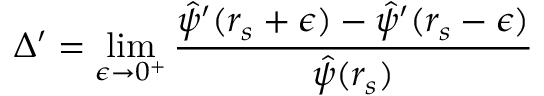
\Delta ^ { \prime } = \operatorname* { l i m } _ { \epsilon \rightarrow 0 ^ { + } } \frac { \hat { \psi } ^ { \prime } ( r _ { s } + \epsilon ) - \hat { \psi } ^ { \prime } ( r _ { s } - \epsilon ) } { \hat { \psi } ( r _ { s } ) }